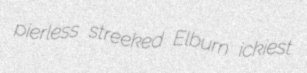
pierless streeked Elburn ickiest